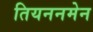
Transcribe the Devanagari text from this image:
तियननमेन